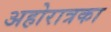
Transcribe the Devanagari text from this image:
अहोरात्रका